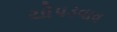
ચોપડવાવ